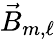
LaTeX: \vec{B}_{m,\ell}